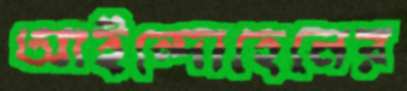
আইন্দোহেনের